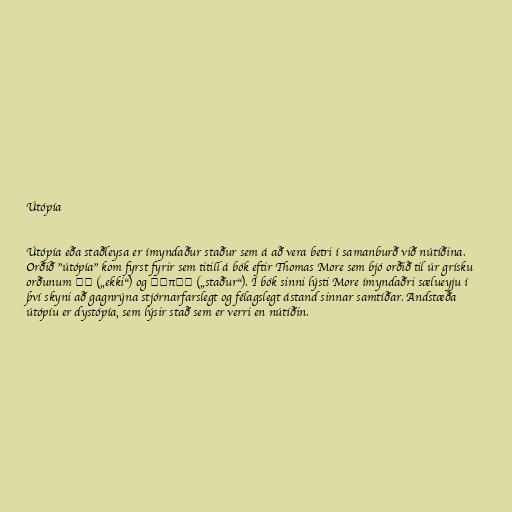
Útópía

Útópía eða staðleysa er ímyndaður staður sem á að vera betri í samanburð við nútíðina.
Orðið "útópía" kom fyrst fyrir sem titill á bók eftir Thomas More sem bjó orðið til úr grísku
orðunum οὐ („ekki“) og τόπος („staður“). Í bók sinni lýsti More ímyndaðri sælueyju í
því skyni að gagnrýna stjórnarfarslegt og félagslegt ástand sinnar samtíðar. Andstæða
útópíu er dystópía, sem lýsir stað sem er verri en nútíðin.